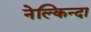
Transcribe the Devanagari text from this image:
नेल्किन्दा